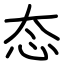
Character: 态